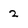
Character: 2